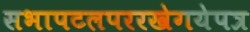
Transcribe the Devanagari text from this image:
सभापटलपररखेगयेपत्र